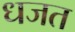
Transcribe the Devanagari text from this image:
धजत